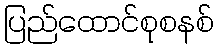
ပြည်ထောင်စုစနစ်